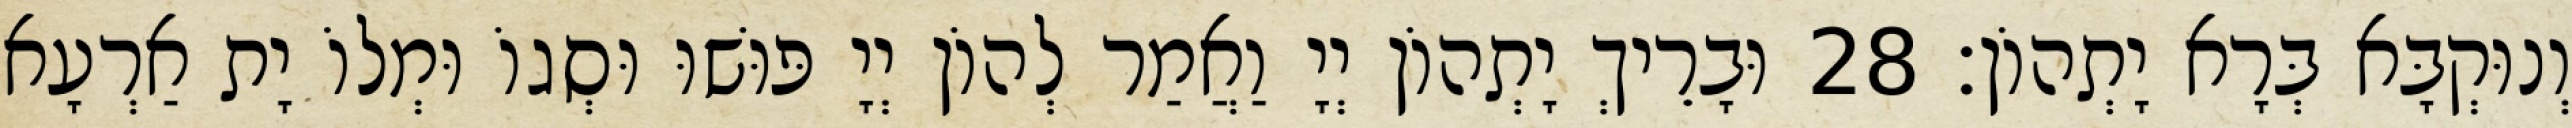
וְנוּקְבָּא בְּרָא יָתְהוֹן׃ 28 וּבָרֵיךְ יָתְהוֹן יְיָ וַאֲמַר לְהוֹן יְיָ פּוּשׁוּ וּסְגוֹ וּמְלוֹ יָת אַרְעָא